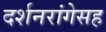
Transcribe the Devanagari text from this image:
दर्शनरांगेसह